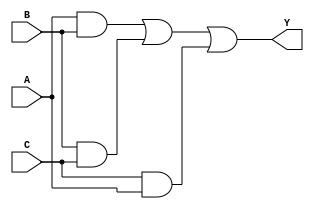
// This program was cloned from: https://github.com/aryanmahawar205/ModelSim-IntelFPGA
// License: GNU General Public License v3.0

//to verify the Boolean Expression, Y = AB + BC + CA using Dataflow Modelling

module exp_df(Y, A, B, C);
input A, B, C; output Y;
assign Y = ((A&B) | (B&C) | (C&A));
endmodule